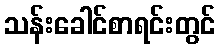
သန်းခေါင်စာရင်းတွင်